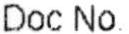
DOC NO.